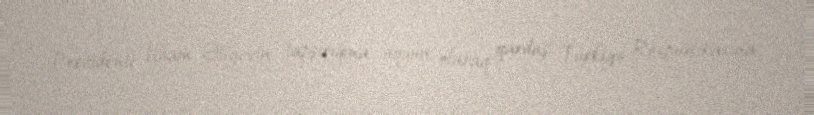
Prezidenti İlham Əliyevin tapşırığına uyğun olaraq qardaş Türkiyə Respublikasına